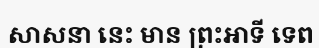
សាសនា នេះ មាន ព្រះអាទី ទេព